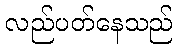
လည်ပတ်နေသည်